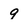
Character: 9